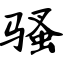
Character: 骚